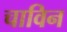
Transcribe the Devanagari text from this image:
चाविन